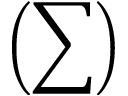
\left( \sum \right)